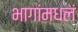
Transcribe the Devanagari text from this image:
भागांमधलं